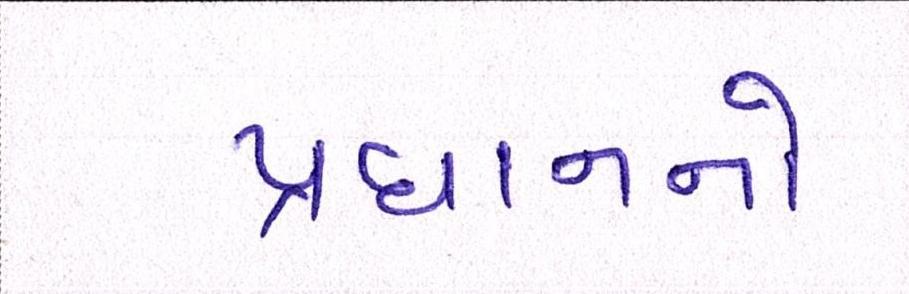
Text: પ્રધાનનો